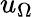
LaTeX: u_{\Omega}